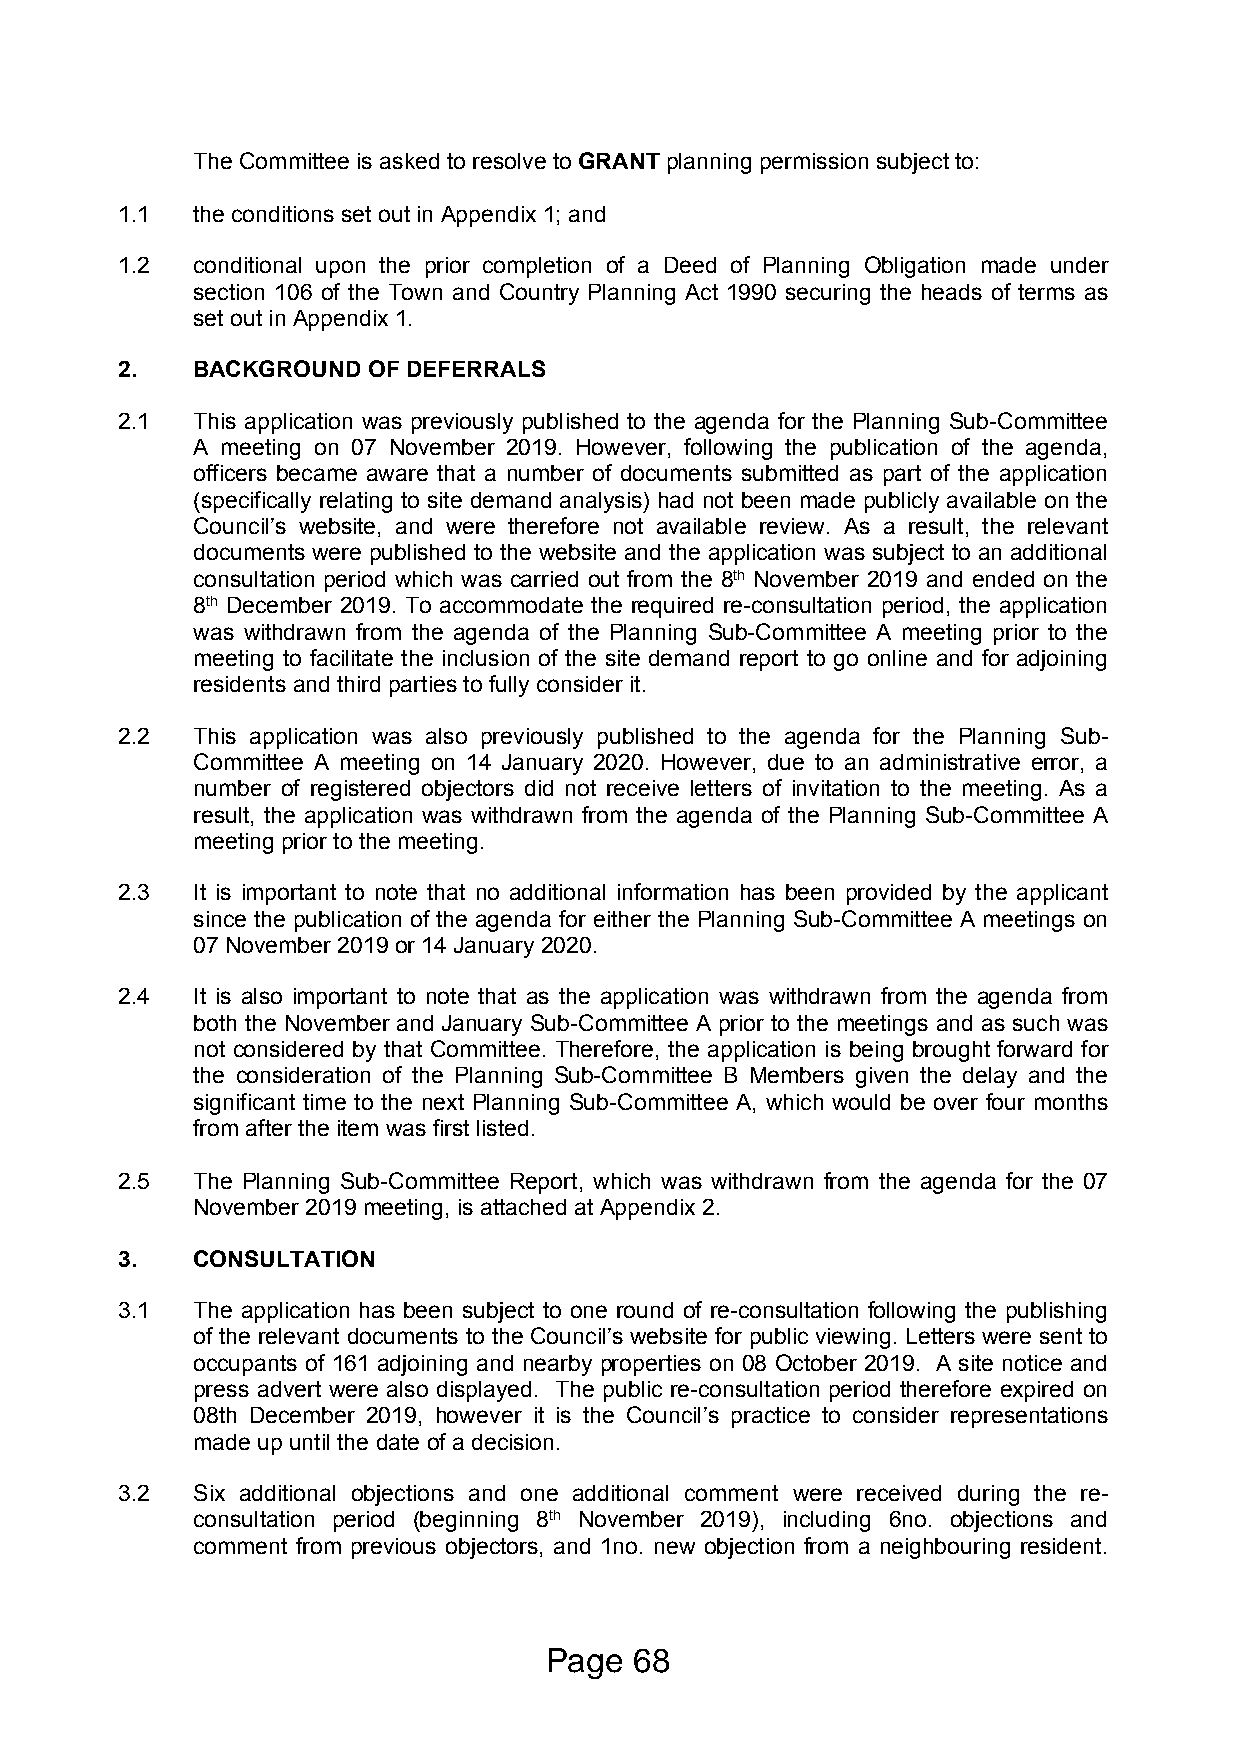
The Committee is asked to resolve to GRANT planning permission subject to:
 1.1  the conditions set out in Appendix 1; and
 1.2  conditional upon the prior completion of a Deed of Planning Obligation made under
 section 106 of the Town and Country Planning Act 1990 securing the heads of terms as
 set out in Appendix 1.
 2.   BACKGROUND OF DEFERRALS
 2.1  This application was previously published to the agenda for the Planning Sub-Committee
 A meeting on 07 November 2019. However, following the publication of the agenda,
 officers became aware that a number of documents submitted as part of the application
 (specifically relating to site demand analysis) had not been made publicly available on the
 Council’s website, and were therefore not available review. As a result, the relevant
 documents were published to the website and the application was subject to an additional
 consultation period which was carried out from the 8th November 2019 and ended on the
 8th December 2019. To accommodate the required re-consultation period, the application
 was withdrawn from the agenda of the Planning Sub-Committee A meeting prior to the
 meeting to facilitate the inclusion of the site demand report to go online and for adjoining
 residents and third parties to fully consider it.
 2.2  This application was also previously published to the agenda for the Planning Sub-
 Committee A meeting on 14 January 2020. However, due to an administrative error, a
 number of registered objectors did not receive letters of invitation to the meeting. As a
 result, the application was withdrawn from the agenda of the Planning Sub-Committee A
 meeting prior to the meeting.
 2.3  It is important to note that no additional information has been provided by the applicant
 since the publication of the agenda for either the Planning Sub-Committee A meetings on
 07 November 2019 or 14 January 2020.
 2.4  It is also important to note that as the application was withdrawn from the agenda from
 both the November and January Sub-Committee A prior to the meetings and as such was
 not considered by that Committee. Therefore, the application is being brought forward for
 the consideration of the Planning Sub-Committee B Members given the delay and the
 significant time to the next Planning Sub-Committee A, which would be over four months
 from after the item was first listed.
 2.5  The Planning Sub-Committee Report, which was withdrawn from the agenda for the 07
 November 2019 meeting, is attached at Appendix 2.
 3.   CONSULTATION
 3.1  The application has been subject to one round of re-consultation following the publishing
 of the relevant documents to the Council’s website for public viewing. Letters were sent to
 occupants of 161 adjoining and nearby properties on 08 October 2019. A site notice and
 press advert were also displayed. The public re-consultation period therefore expired on
 08th December 2019, however it is the Council’s practice to consider representations
 made up until the date of a decision.
 3.2  Six additional objections and one additional comment were received during the re-
 consultation period (beginning 8th November 2019), including 6no. objections and
 comment from previous objectors, and 1no. new objection from a neighbouring resident.
 Page  68